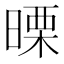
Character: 𭧅